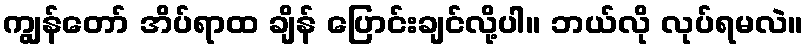
ကျွန်တော် အိပ်ရာထ ချိန် ပြောင်းချင်လို့ပါ။ ဘယ်လို လုပ်ရမလဲ။